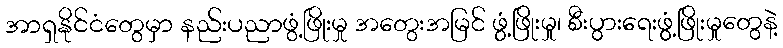
အာရှနိုင်ငံတွေမှာ နည်းပညာဖွံ့ဖြိုးမှု အတွေးအမြင် ဖွံ့ဖြိုးမှု၊ စီးပွားရေးဖွံ့ဖြိုးမှုတွေနဲ့